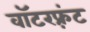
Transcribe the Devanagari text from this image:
वॉटरफ़्रंट